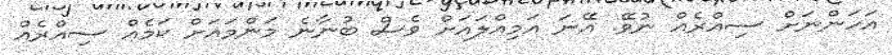
އަހަންނަށް ސިއްރެއް ނުވޭ. އޭނަ އަމިއްލައަށް ވެސް ބުނާނެ މަންމައަށް ކަމެއް ސިއްރެއް